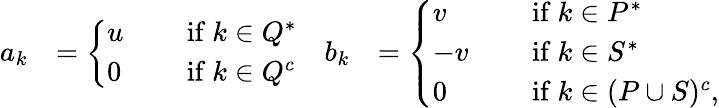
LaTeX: \begin{array}{rlrl}{a_{k}}&{=\left\{ \begin{array}{ll}{u\quad}&{\mathrm{~if~}k\in Q^{*}}\\ {0\quad}&{\mathrm{~if~}k\in Q^{c}}\end{array}\right.}&{b_{k}}&{=\left\{ \begin{array}{ll}{v\quad}&{\mathrm{~if~}k\in P^{*}}\\ {-v\quad}&{\mathrm{~if~}k\in S^{*}}\\ {0\quad}&{\mathrm{~if~}k\in(P\cup S)^{c},}\end{array}\right.}\end{array}